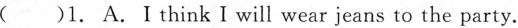
()1. A.I think I will wear jeans to the party.